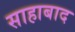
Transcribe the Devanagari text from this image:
साहाबाद